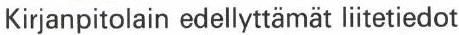
Kirjanpitolain edellyttämät liitetiedot